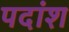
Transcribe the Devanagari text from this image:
पदांश